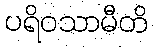
ပရိဝသာမီတိ